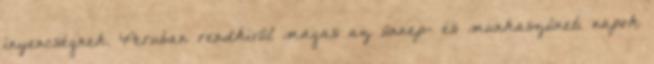
ínyencségnek. Peruban rendkívül magas az ünnep- és munkaszüneti napok